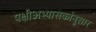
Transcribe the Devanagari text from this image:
पक्षीअभ्यासकांनुसार